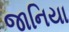
જાનિયા